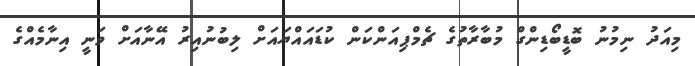
މިއަދު ނިމުނު ބޮޑީބޯޑިންގް މުބާރާތުގެ ޗެމްޕިއަންކަން ކުޑައައްޔައަށް ލިބުނުއިރު އޭނާއަށް ވަނީ އިނާމެއްގެ